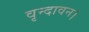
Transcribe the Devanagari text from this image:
वृन्दावन।